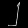
Digit: ၂